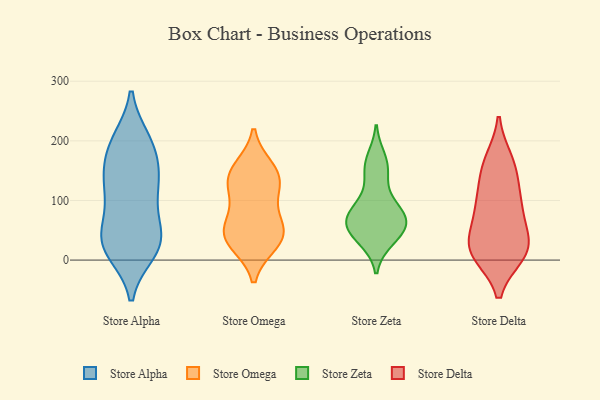
{"axis": {"x": "Satisfaction Score", "y": "Value"}, "legend": ["Store Alpha", "Store Delta", "Store Omega", "Store Zeta"], "data": [{"x": "", "y": 187, "type": "Store Alpha"}, {"x": "", "y": 200, "type": "Store Alpha"}, {"x": "", "y": 139, "type": "Store Alpha"}, {"x": "", "y": 186, "type": "Store Alpha"}, {"x": "", "y": 31, "type": "Store Alpha"}, {"x": "", "y": 57, "type": "Store Alpha"}, {"x": "", "y": 127, "type": "Store Alpha"}, {"x": "", "y": 127, "type": "Store Alpha"}, {"x": "", "y": 33, "type": "Store Alpha"}, {"x": "", "y": 31, "type": "Store Alpha"}, {"x": "", "y": 147, "type": "Store Alpha"}, {"x": "", "y": 200, "type": "Store Alpha"}, {"x": "", "y": 15, "type": "Store Alpha"}, {"x": "", "y": 112, "type": "Store Alpha"}, {"x": "", "y": 21, "type": "Store Alpha"}, {"x": "", "y": 80, "type": "Store Alpha"}, {"x": "", "y": 25, "type": "Store Alpha"}, {"x": "", "y": 132, "type": "Store Omega"}, {"x": "", "y": 42, "type": "Store Omega"}, {"x": "", "y": 97, "type": "Store Omega"}, {"x": "", "y": 29, "type": "Store Omega"}, {"x": "", "y": 153, "type": "Store Omega"}, {"x": "", "y": 56, "type": "Store Omega"}, {"x": "", "y": 130, "type": "Store Omega"}, {"x": "", "y": 145, "type": "Store Omega"}, {"x": "", "y": 51, "type": "Store Omega"}, {"x": "", "y": 34, "type": "Store Omega"}, {"x": "", "y": 53, "type": "Store Zeta"}, {"x": "", "y": 151, "type": "Store Zeta"}, {"x": "", "y": 76, "type": "Store Zeta"}, {"x": "", "y": 80, "type": "Store Zeta"}, {"x": "", "y": 60, "type": "Store Zeta"}, {"x": "", "y": 38, "type": "Store Zeta"}, {"x": "", "y": 154, "type": "Store Zeta"}, {"x": "", "y": 169, "type": "Store Zeta"}, {"x": "", "y": 104, "type": "Store Zeta"}, {"x": "", "y": 35, "type": "Store Zeta"}, {"x": "", "y": 54, "type": "Store Zeta"}, {"x": "", "y": 67, "type": "Store Zeta"}, {"x": "", "y": 76, "type": "Store Zeta"}, {"x": "", "y": 90, "type": "Store Delta"}, {"x": "", "y": 69, "type": "Store Delta"}, {"x": "", "y": 159, "type": "Store Delta"}, {"x": "", "y": 16, "type": "Store Delta"}, {"x": "", "y": 17, "type": "Store Delta"}, {"x": "", "y": 11, "type": "Store Delta"}, {"x": "", "y": 105, "type": "Store Delta"}, {"x": "", "y": 92, "type": "Store Delta"}, {"x": "", "y": 147, "type": "Store Delta"}, {"x": "", "y": 15, "type": "Store Delta"}, {"x": "", "y": 34, "type": "Store Delta"}, {"x": "", "y": 21, "type": "Store Delta"}, {"x": "", "y": 166, "type": "Store Delta"}]}